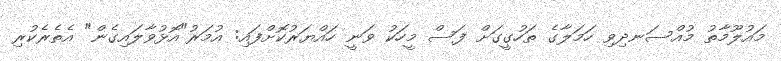
މައުލޫމާތު މުއްސަނދިވި ހަމަލާގެ ތަހުގީގަށް ފަސް މީހަކު ވަނީ ހައްޔަރުކޮށްފައި: އުމަރު"އޮޅުވާލައިގެން" އެތެރެކުރި